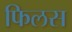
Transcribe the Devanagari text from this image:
फिलस